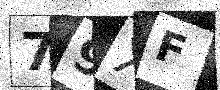
Text: 79XF